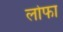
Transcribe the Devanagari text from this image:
लोफा